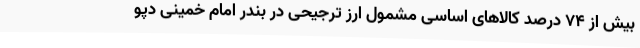
بیش از ۷۴ درصد کالاهای اساسی مشمول ارز ترجیحی در بندر امام خمینی دپو